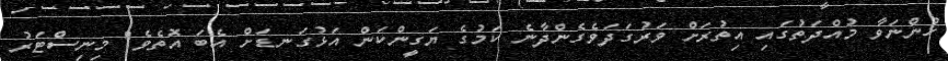
ހުންނަވާ މުއްދަތުގައި އިތުރަށް ވަރުގަދަވެގެންދާނެ ކަމުގެ ޔަގީންކަން އަޅުގަނޑަށް އެބަ އޮތެވެ" މިނިސްޓަރު